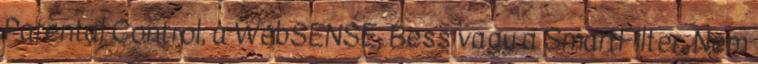
Parental Control, a WebSENSE, Bess vagy a SmartFilter. Nem